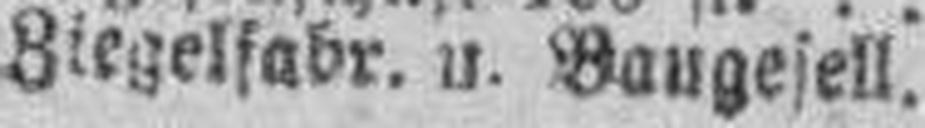
Wienerb. Ziegelfabr. u. Baugesell.